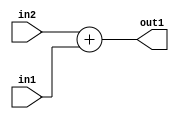
`timescale 1ps / 1ps
/*****************************************************************************
    Verilog RTL Description
    
    
    Created by: Stratus DpOpt 2019.1.01 
*******************************************************************************/

module DC_Filter_Add_4Ux2U_4U_4 (
	in2,
	in1,
	out1
	); /* architecture "behavioural" */ 
input [3:0] in2;
input [1:0] in1;
output [3:0] out1;
wire [3:0] asc001;

assign asc001 = 
	+(in2)
	+(in1);

assign out1 = asc001;
endmodule

/* CADENCE  urnyTg8= : u9/ySgnWtBlWxVPRXgAZ4Og= ** DO NOT EDIT THIS LINE ******/